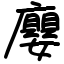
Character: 廮